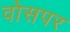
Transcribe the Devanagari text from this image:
वोसपर